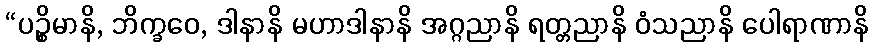
“ပဉ္စိမာနိ, ဘိက္ခဝေ, ဒါနာနိ မဟာဒါနာနိ အဂ္ဂညာနိ ရတ္တညာနိ ဝံသညာနိ ပေါရာဏာနိ